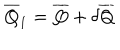
LaTeX: \overline { { { Q } } } _ { 1 } = \overline { { { Q } } } + \delta \overline { { { Q } } }